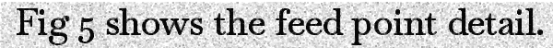
Fig 5 shows the feed point detail.